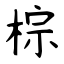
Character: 棕